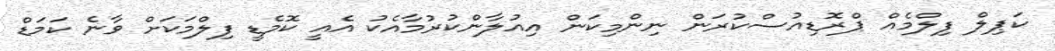
ކަޕިލް ފިލްމެއް ޕްރޮޑިއުސްކުރަން ނިންމިކަން އިއުލާންކުރުމާއެކު އެއީ ކޮމެޑީ ފިލްމަކަށް ވާނެ ކަމަޑް